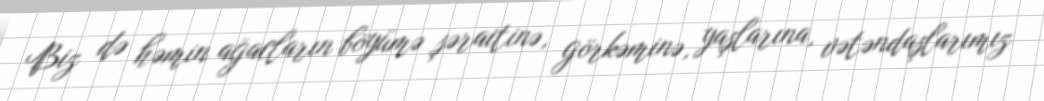
Biz də həmin ağacların böyümə şəraitinə, görkəminə, yaşlarına, vətəndaşlarımız